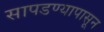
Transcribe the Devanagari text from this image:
सापडण्यापासून